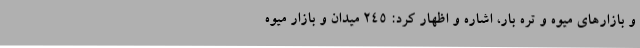
و بازارهای میوه و تره بار، اشاره و اظهار کرد: 245 میدان و بازار میوه